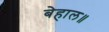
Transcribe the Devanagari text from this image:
बेहाल॥